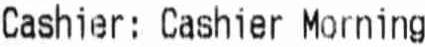
CASHIER: CASHIER MORNING